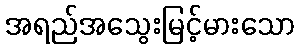
အရည်အသွေးမြင့်မားသော